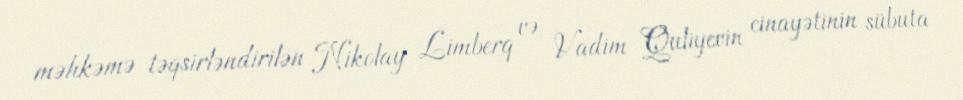
məhkəmə təqsirləndirilən Nikolay Limberq və Vadim Quliyevin cinayətinin sübuta